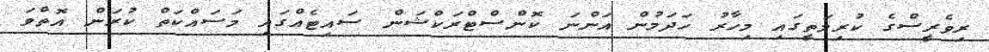
ރިވެރީސްގެ ކުރިމަތީގައި މިހާރު ހަދަމުން އަންނަ ކޮންސްޓްރަކްޝަން ސައިޓެއްގައި މަސައްކަތް ކުރަން އޮތްވަ